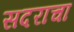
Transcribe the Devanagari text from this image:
सदराचा